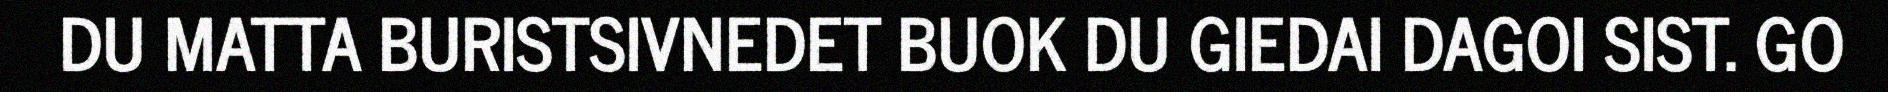
DU MATTA BURISTSIVNEDET BUOK DU GIEDAI DAGOI SIST. GO